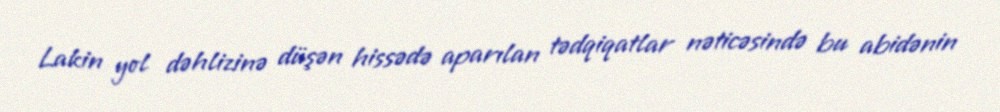
Lakin yol dəhlizinə düşən hissədə aparılan tədqiqatlar nəticəsində bu abidənin